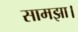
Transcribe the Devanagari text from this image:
सामझा।